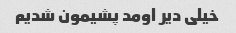
خیلی دیر اومد پشیمون شدیم